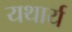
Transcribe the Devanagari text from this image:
यथार्य